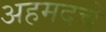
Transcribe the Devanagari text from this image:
अहमदचे